Paatsalu_vallavalitsus, lk 31
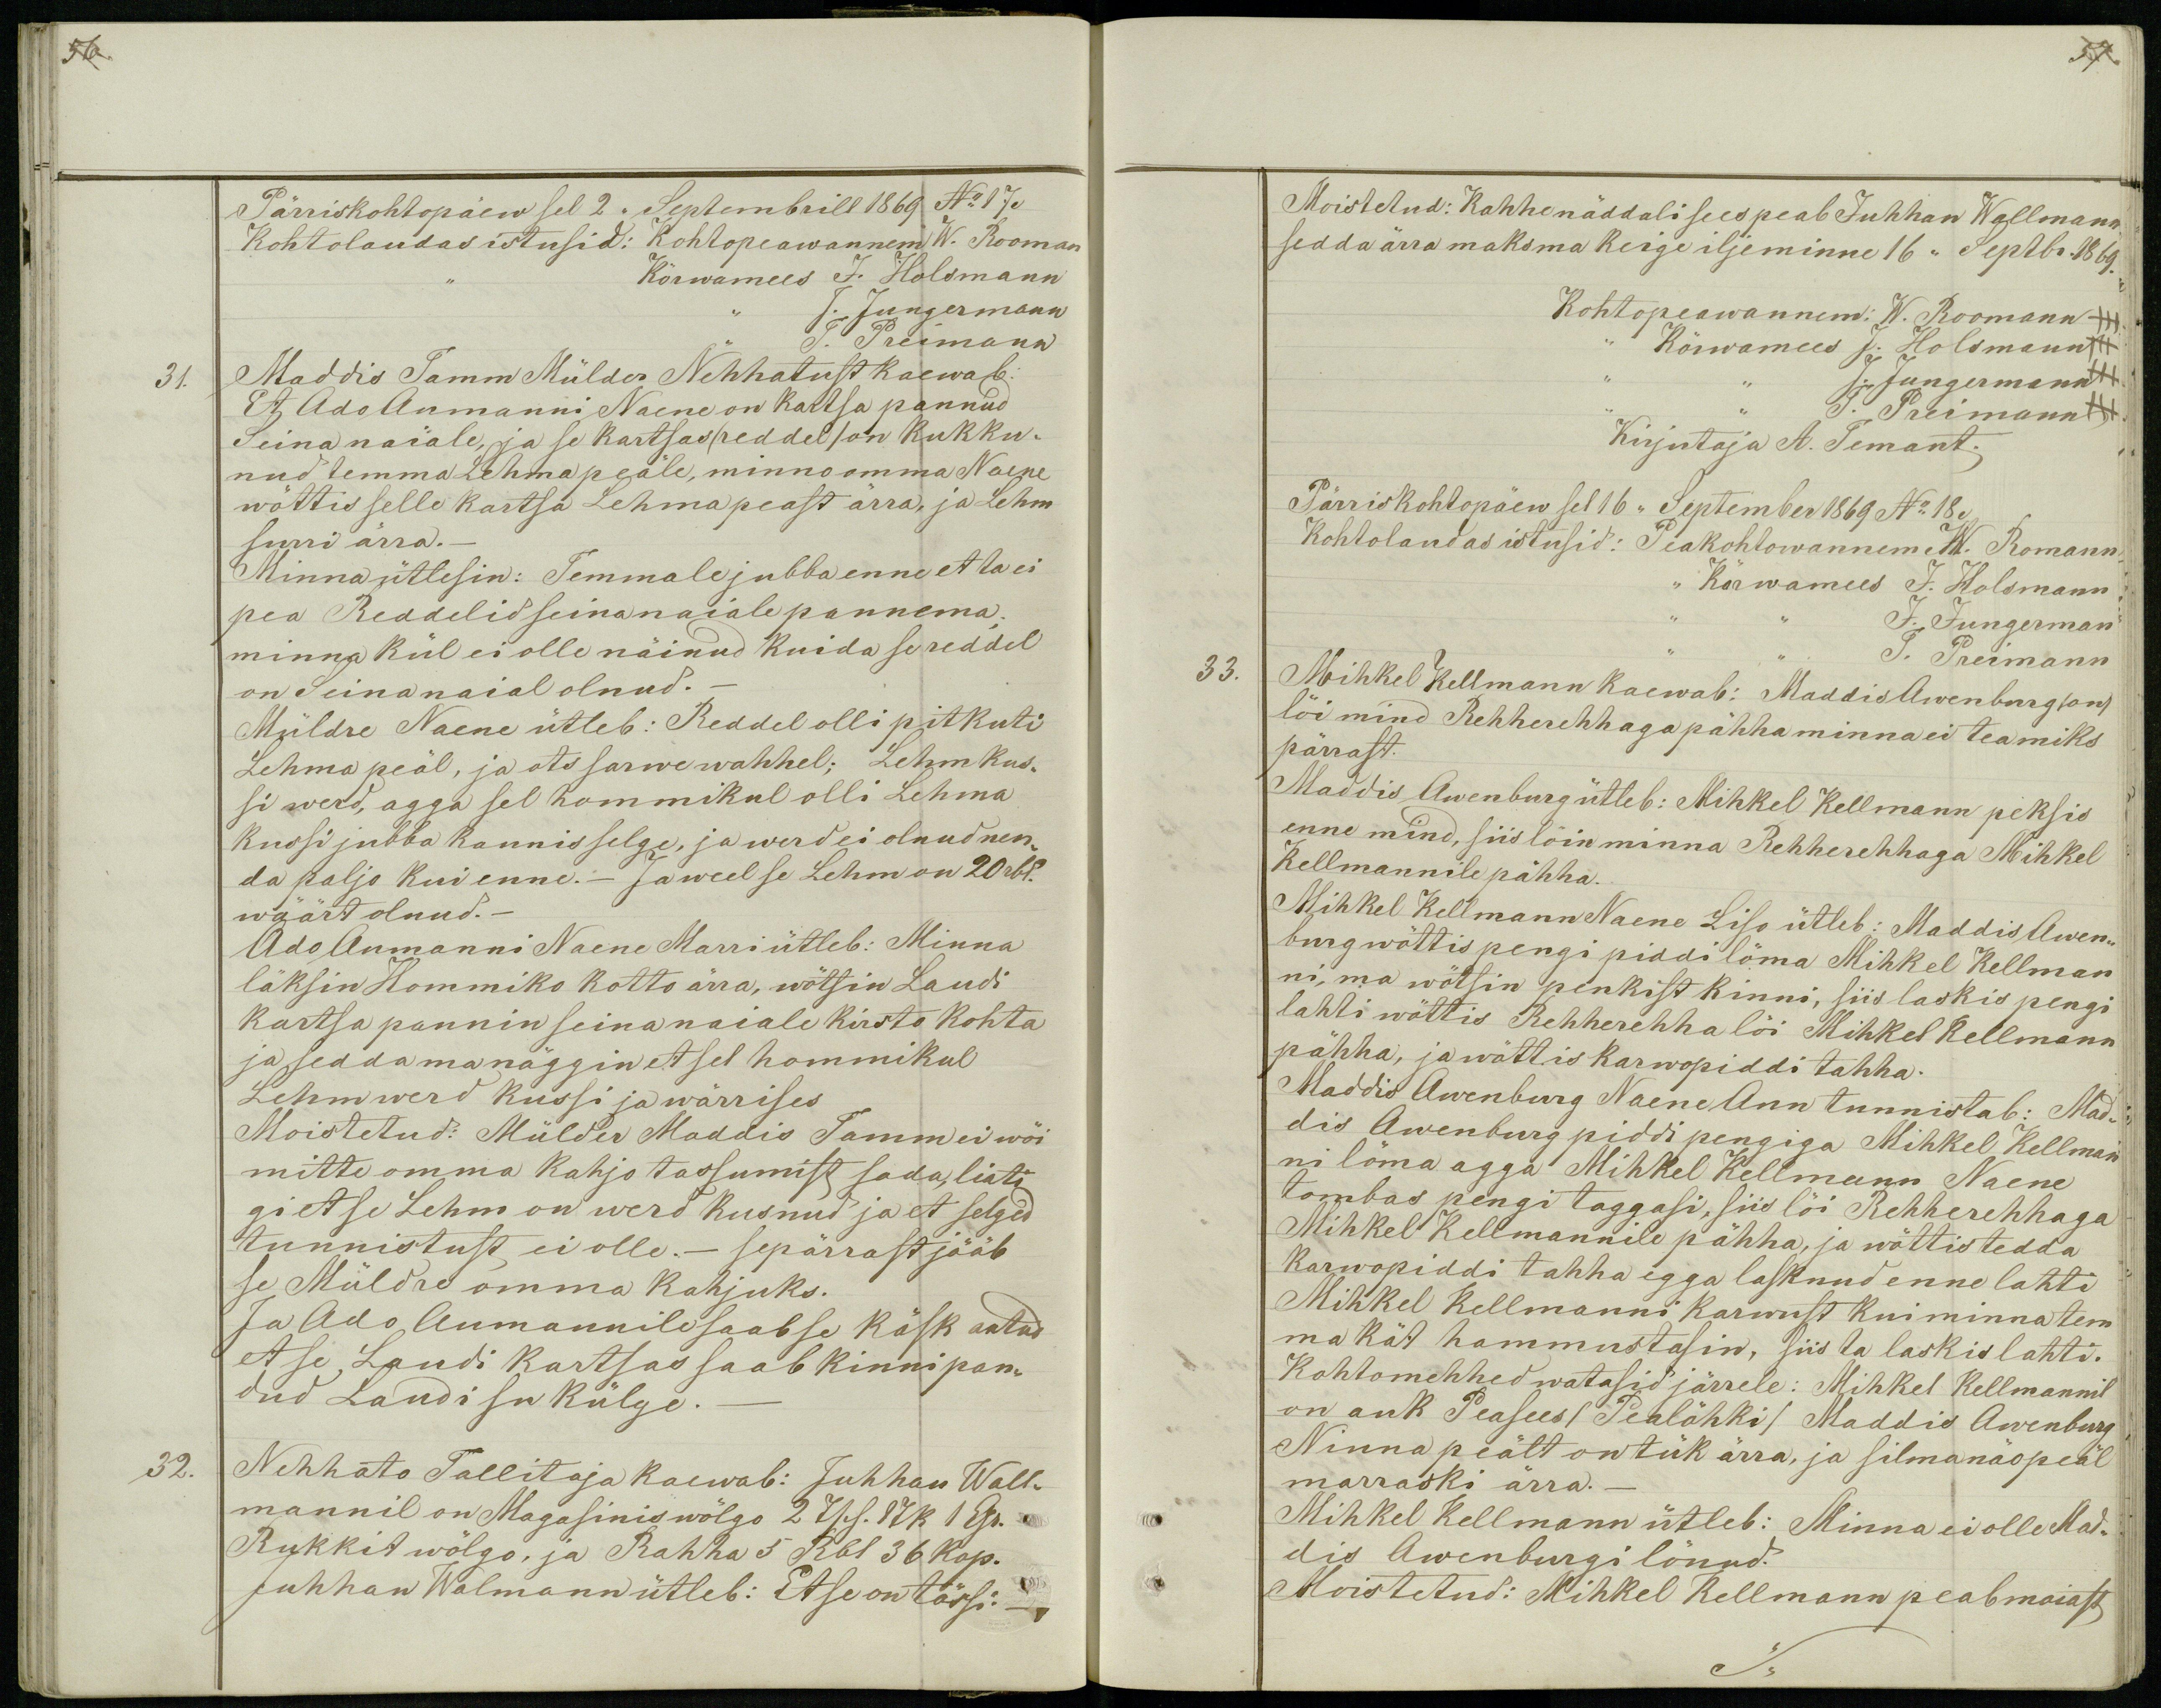
56.

Pärriskohtopäew sel 2 ,, Septembrill 1869 No 17.
Kohtolaudas istusid: Kohtopeawannem W. Rooman
,, Kõrwamees J. Holsmann
,, J. Jungermann
,, J. Preimann
31.
Maddis Tamm Mülder Nehhatust kaewab:
Et Ado Aumanni Naene on kartsa pannud
Seina naiale, ja se kartsas (reddel) on kukku-
nud temma Lehma peäle, minno omma Naene
wõttis selle kartsa Lehma peast ärra, ja Lehm
surri ärra._
Minna ütlesin: Temmale jubba enne et ta ei
pea Reddelid seina naiale pannema;
minna kül ei olle näinud kuida se reddel
on Seina naial olnud.-
Müldre Naene ütleb: Reddel olli pitkuti
Lehma peäl, ja ots sarwe wahhel; Lehm kus-
si werd, agga sel hommikul olli Lehma
Kussi jubba kannis selge, ja werd ei olnud nen-
da paljo kui enne. - Ja weel se Lehm on 20 rbl.
wäärt olnud.-
Ado Aumanni Naene Marri ütleb: Minna
läksin Hommiko kotto ärra, wõtsin Laudi
kartsa pannin seina naiale kirsto kohta
ja sedda ma näggin et sel hommikul
Lehm werd kussi ja wärrises
Moistetud: Mülder Maddis Tamm ei wõi
mitte omma kahjo tassumist sada, liati
gi et se Lehm on werd kusnud ja et selged
tunnistust ei olle.- sepärrast jääb
se Müldre omma kahjuks.
Ja Ado Aumannile saab se käsk antud
et se Laudi kartsas saab kinni pan-
dud Laudi su külge._
32.
Nehhato Tallitaja kaewab: Juhhan Wall-
mannil on Magasinis wõlgo 2 Tsh. 1 Tk 1 Gr.
Rukkit wõlgo, ja Rahha 5 Rbl 36 kop.
Juhhan Walmann ütleb: Et se on tõssi._

57.
Moistetud: Kahhe näddali sees peab Juhhan Wallmann
sedda ärra maksma keige iljeminne 16 ,, Septbr. 1869.
Kohtopeawannem: W. Roomann +++
,,Kõrwamees J. Holsmann+++
J. Jungermann+++
J. Preimann +++
Kirjutaja A. Temant
Pärriskohtopäew sel 16 ,, September 1869 No 18.
Kohtolaudas istusid: Peakohtowannem W. Romann
,, Kõrwamees J. Holsmann
J. Jungerman
J. Preimann
33.
Mihkel Kellmann kaewab: Maddis Awenburg (on)
lõi mind Rehherehhaga pähha minna ei tea miks
pärrast.
Maddis Awenburg ütleb: Mihkel Kellmann peksis
enne mind, siis löin minna Rehherehhaga Mihkel
Kellmannile pähha.
Mihkel Kellmann Naene Liso ütleb: Maddis Awen-
burg wõttis pengi piddi löma Mihkel Kellman
ni, ma wötsin penkist kinni, siis laskis pengi
lahti wöttis Rehherehha lõi Mihkel Kellmann
pähha, ja wöttis karwopiddi tahha.
Maddis Awenburg Naene Ann tunnistab: Mad-
dis Awenburg piddi pengiga Mihkel Kellman-
ni löma agga Mihkel Kellmann Naene
tombas pengi taggasi, siis lõi Rehherehhaga
Mihkel Kellmannile pähha, ja wõttis tedda
karwopiddi tahha egga lasknud enne lahti
Mihkel Kellmanni karwust kui minna tem
ma kät hammustasin, siis ta laskis lahti.
Kohtomehhed watasid järrele: Mihkel Kellmannil
on auk Peasees (Pealõhki) Maddis Awenburg
Ninna peält on tük ärra, ja silmanäo peäl
marraski ärra._
Mihkel Kellmann ütleb: Minna ei olle Mad-
dis Awenburgi lönud.
Moistetud: Mihkel Kellmann peab maiast